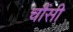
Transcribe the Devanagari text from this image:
चौंसी